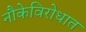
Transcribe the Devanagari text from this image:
नौकेविरोधात